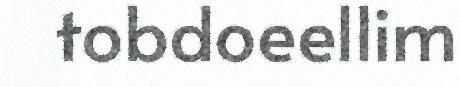
tobdoeellim